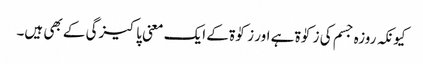
کیونکہ روزہ جسم کی زکوٰۃ ہے اور زکوٰۃ کے ایک معنی پاکیزگی کے بھی ہیں۔